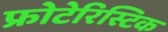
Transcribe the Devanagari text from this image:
फ्रोटेरिस्टिक